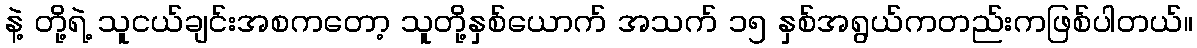
နဲ့ တို့ရဲ့ သူငယ်ချင်းအစကတော့ သူတို့နှစ်ယောက် အသက် ၁၅ နှစ်အရွယ်ကတည်းကဖြစ်ပါတယ်။